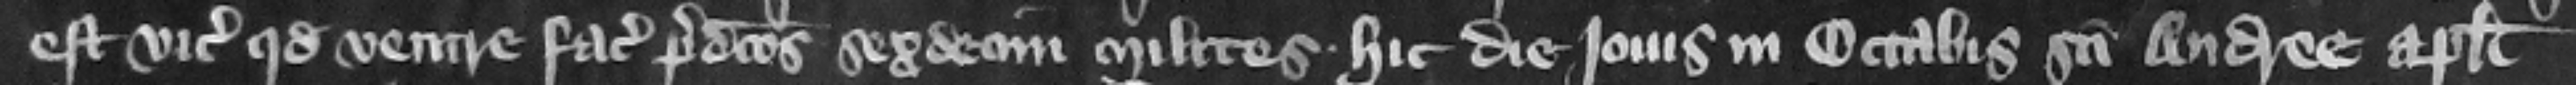
est vicecomiti quod venire faciat predictos sexdecim milites hic die Jouis in octabis Sancti Andree apostoli.